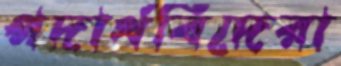
পদার্থবিদেরা